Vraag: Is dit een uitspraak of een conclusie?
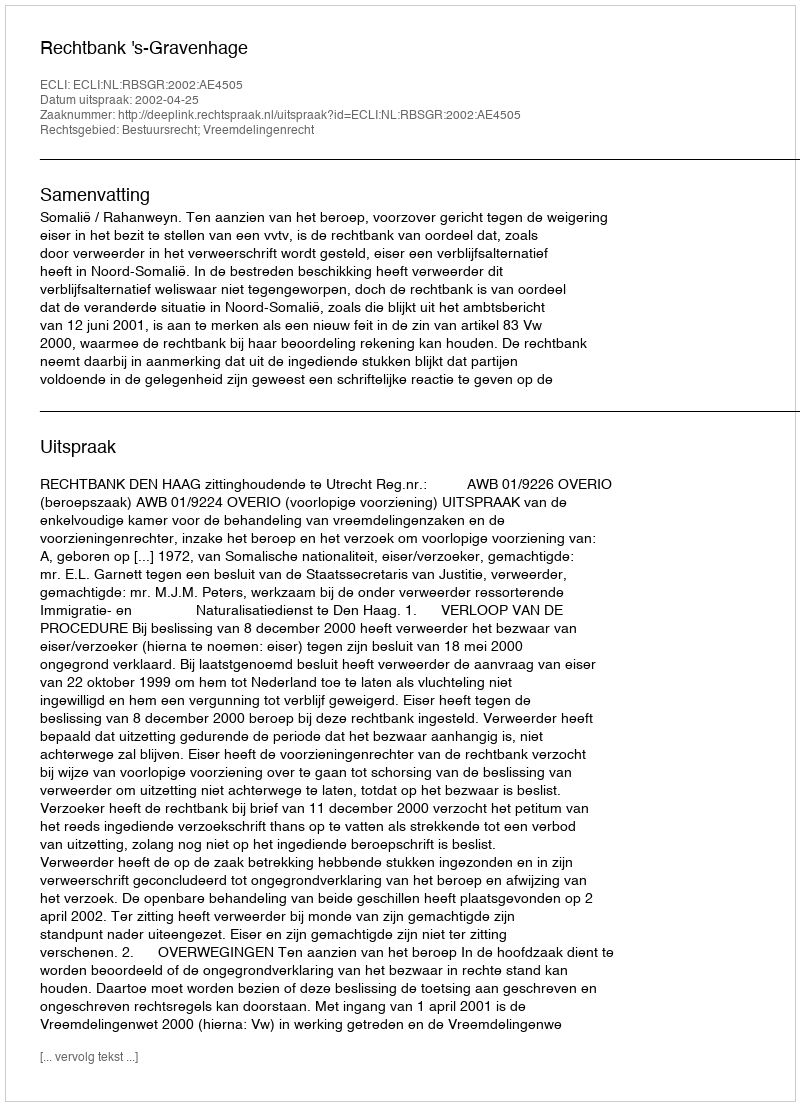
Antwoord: Uitspraak